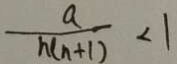
\frac { a } { h ( n + 1 ) } < 1